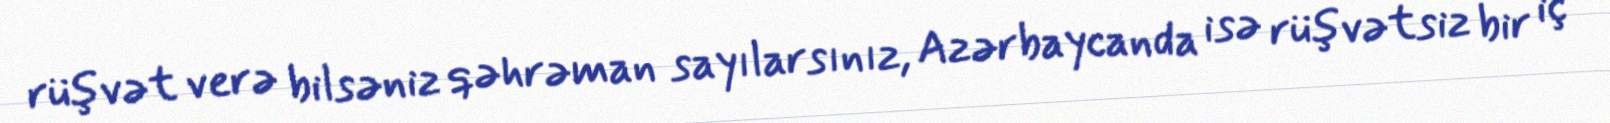
rüşvət verə bilsəniz qəhrəman sayılarsınız, Azərbaycanda isə rüşvətsiz bir iç